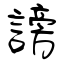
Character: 謗